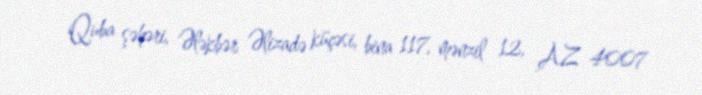
Quba şəhəri, Ələkbər Əlizadə küçəsi, bina 117, mənzil 12, AZ 4007